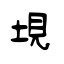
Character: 垷